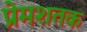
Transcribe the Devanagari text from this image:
प्रेमशतक